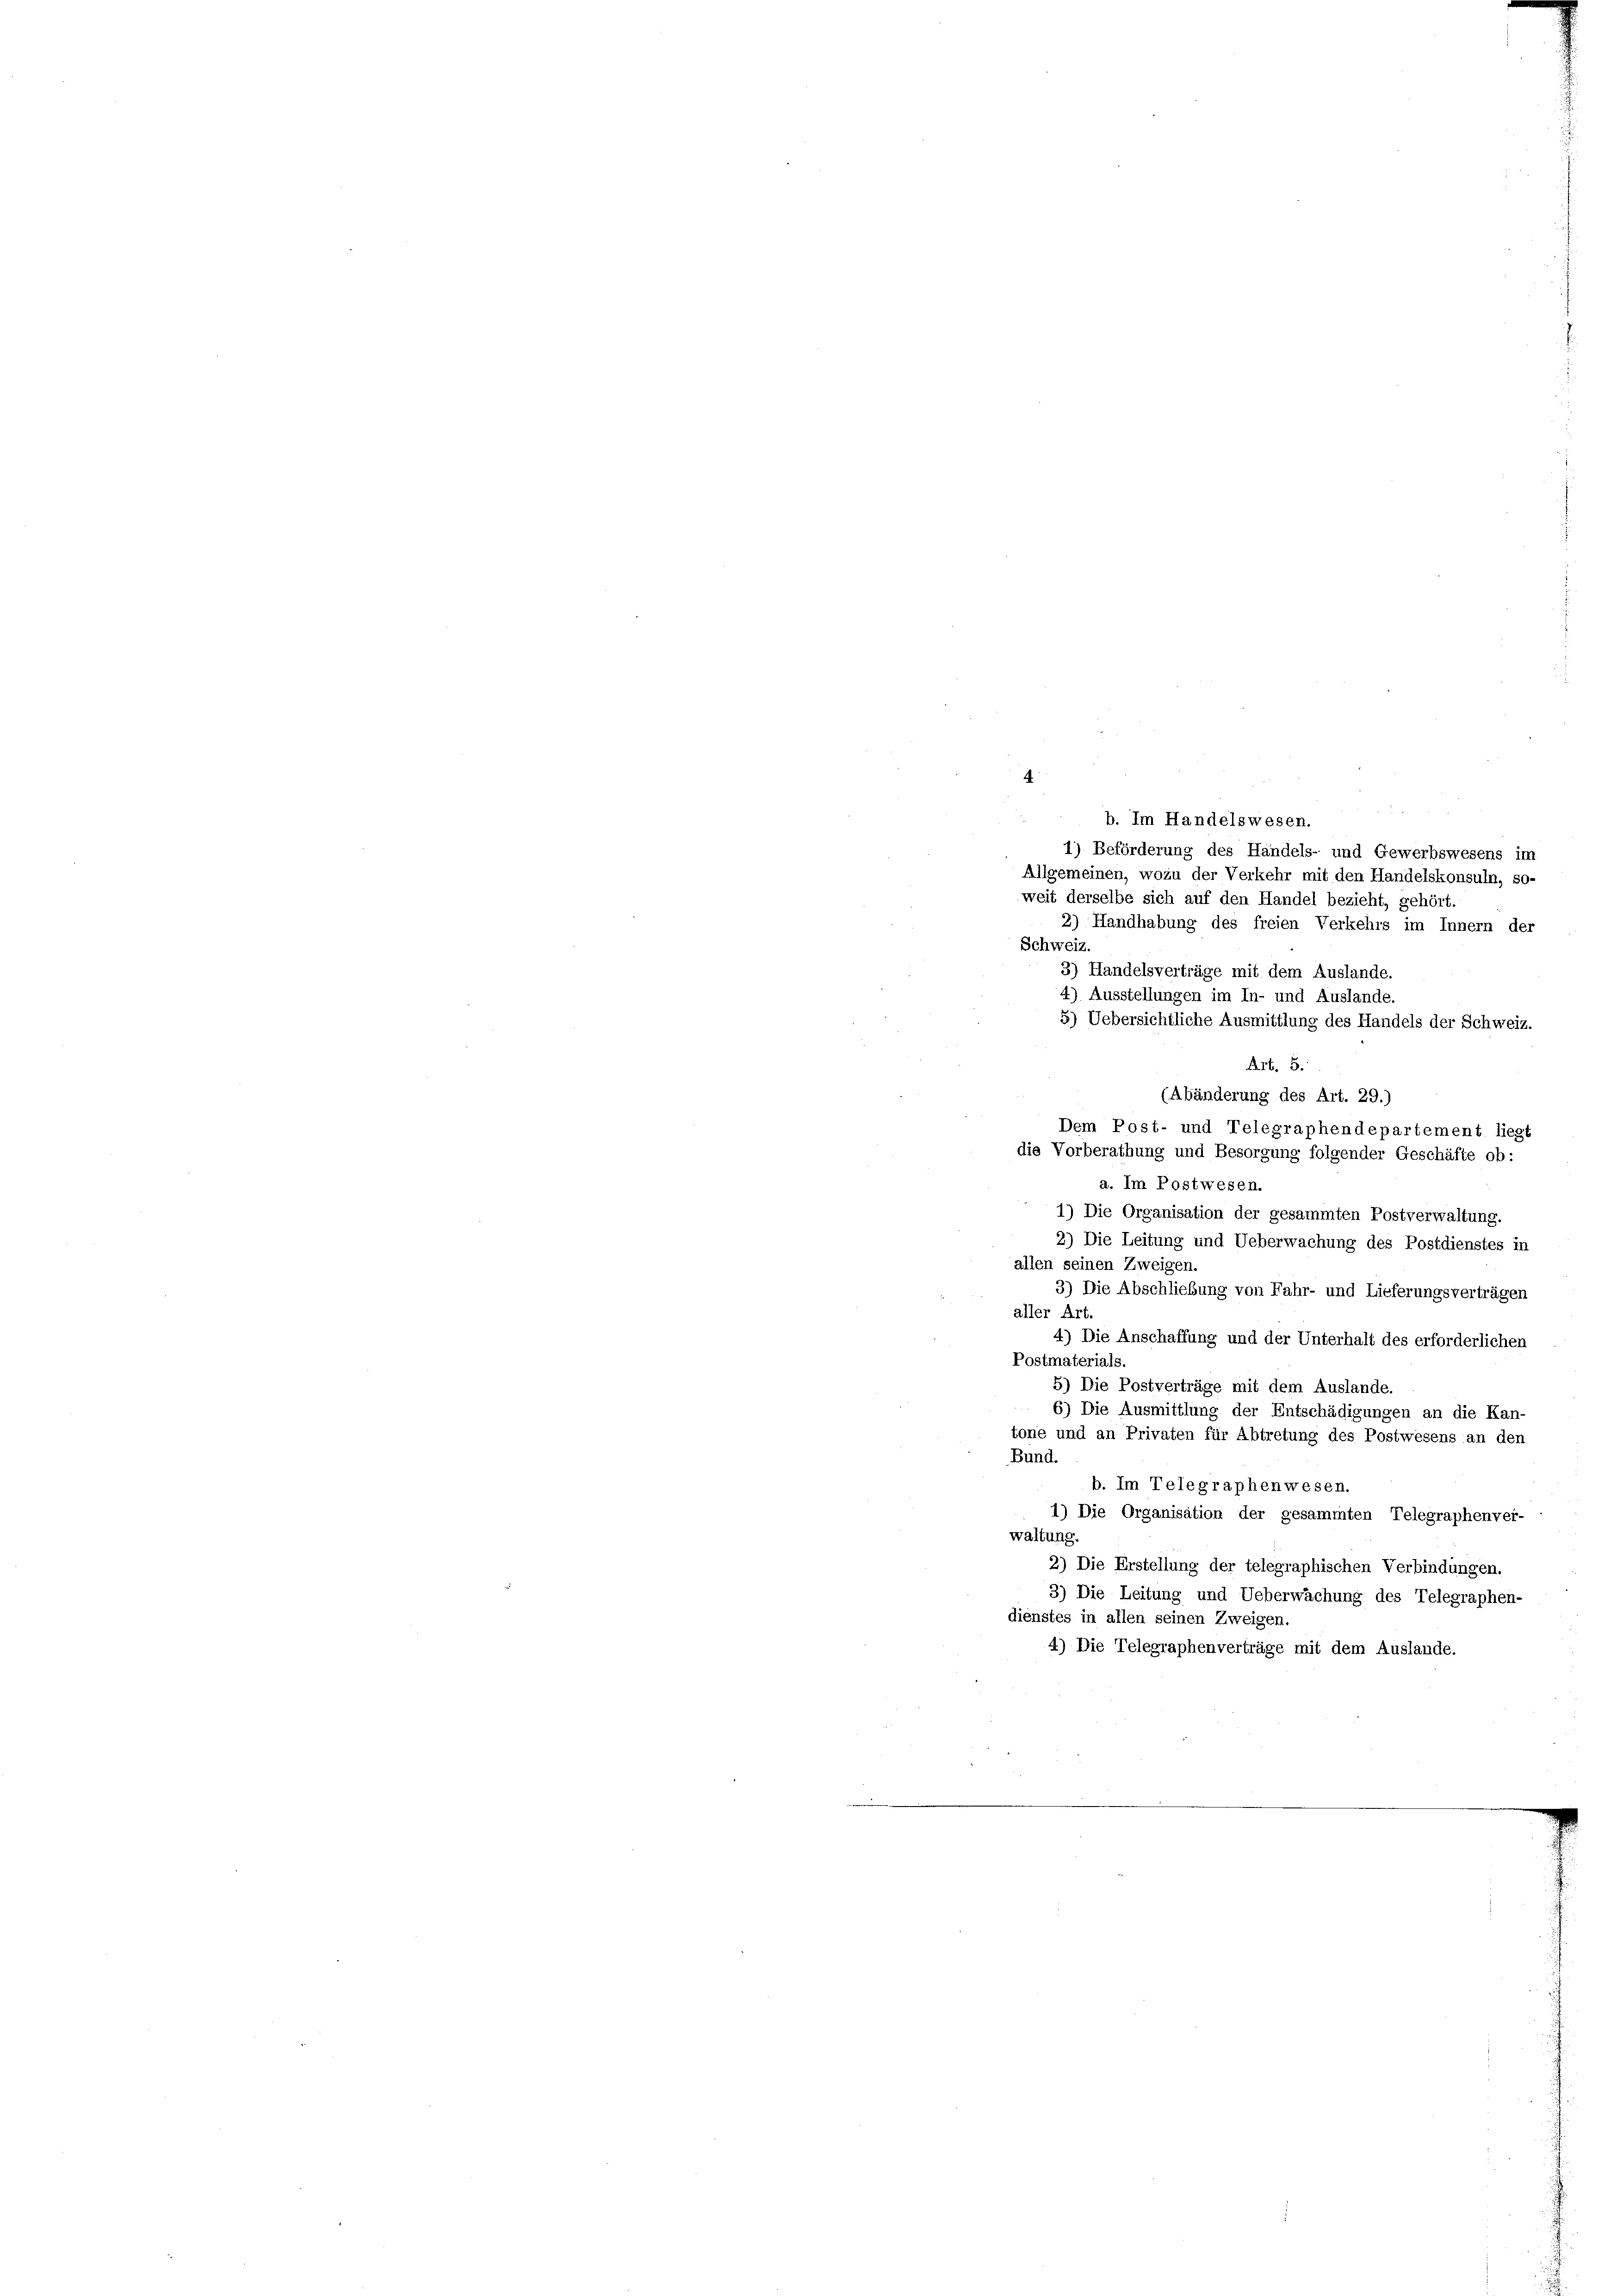
b. Im Handelswesen.
1) Beförderung des Handels- und Gewerbswesens im
Allgemeinen, wozu der Verkehr mit den Handelskonsuln, so-
weit derselbe sich auf den Handel bezieht, gehört
2) Handhabung des freien Verkehrs im Innern der
Schweiz.
3) Handelsverträge mit dem Auslande.
4) Ausstellungen im In- und Auslande.
5) Uebersichtliche Ausmittlung des Handels der Schweiz.
Art. 5.
(Abänderung des Art. 29.)
Dem Post- und Telegraphendepartement liegt
die Vorberathung und Besorgung folgender Geschäfte ob:
a. Im Postwesen.
1) Die Organisation der gesammten Postverwaltung.
2) Die Leitung und Ueberwachung des Postdienstes in
allen seinen Zweigen.
3) Die Abschließung von Fahr- und Lieferungsverträgen
aller Art.
4) Die Anschaffung und der Unterhalt des erforderlichen
Postmaterials.
5) Die Postverträge mit dem Auslande.
6) Die Ausmittlung der Entschädigungen an die Kan-
tone und an Privaten für Abtretung des Postwesens an den
Bund.
b. Im Telegraphenwesen.
1) Die Organisation der gesammten Telegraphenver-
waltung.
2) Die Erstellung der telegraphischen Verbindungen.
3) Die Leitung und Ueberwachung des Telegraphen-
dienstes in allen seinen Zweigen.
4) Die Telegraphenverträge mit dem Auslande.